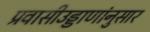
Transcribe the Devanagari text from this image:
प्रवासीउड्डाणांनुसार